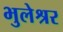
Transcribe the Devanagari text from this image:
भुलेश्रर